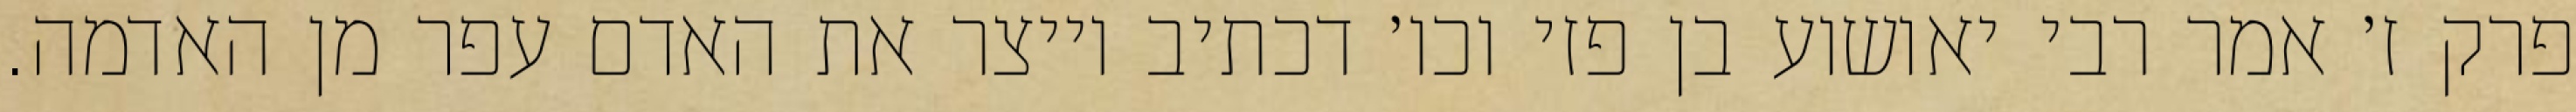
פרק ז׳ אמר רבי יאושוע בן פזי וכו׳ דכתיב וייצר את האדם עפר מן האדמה.